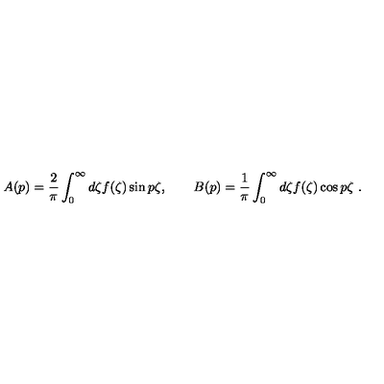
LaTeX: A ( p ) = \frac 2 \pi \int _ { 0 } ^ { \infty } d \zeta f ( \zeta ) \sin p \zeta , \qquad B ( p ) = \frac 1 \pi \int _ { 0 } ^ { \infty } d \zeta f ( \zeta ) \cos p \zeta \ .